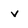
Character: v